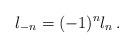
LaTeX: \begin{align*}l_{-n}=(-1)^{n}l_{n}\,.\end{align*}